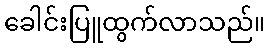
ခေါင်းပြူထွက်လာသည်။